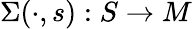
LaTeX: \Sigma(\cdot,s):S\to M